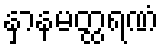
နှာနမတ္ထရဏံ